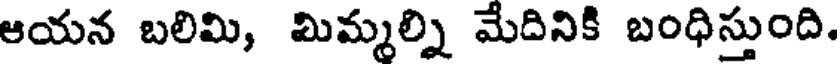
ఆయన బలిమి, మిమ్మల్ని మేదినికి బంధిస్తుంది.